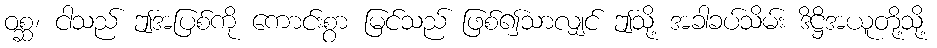
ဝစ္ဆ၊ ငါသည် ဤအပြစ်ကို ကောင်းစွာ မြင်သည် ဖြစ်၍သာလျှင် ဤသို့ အခါခပ်သိမ်း ဒိဋ္ဌိအယူတို့သို့